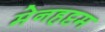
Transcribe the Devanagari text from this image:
मेनहट्टम